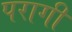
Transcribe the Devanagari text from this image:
परागी